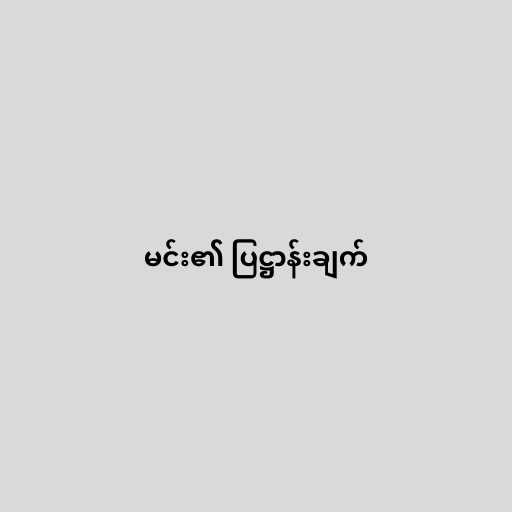
မင်း၏ ပြဋ္ဌာန်းချက်